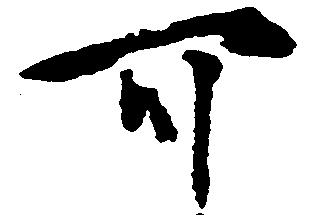
可